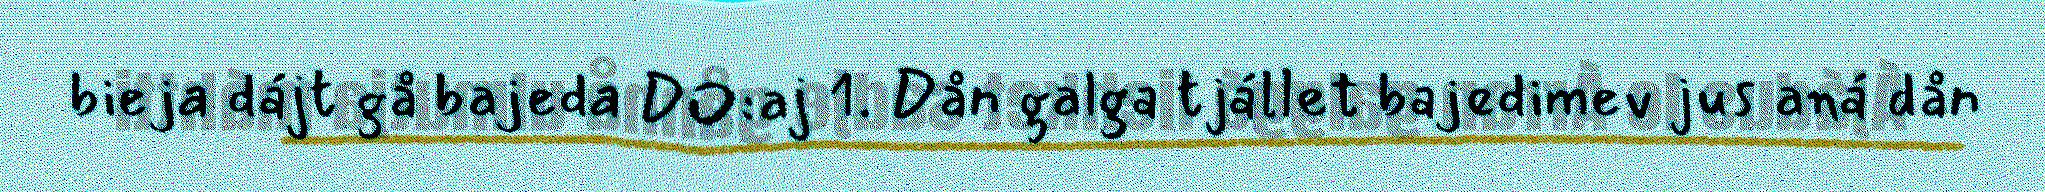
bieja dájt gå bajeda DO:aj 1. Dån galga tjállet bajedimev jus aná dån